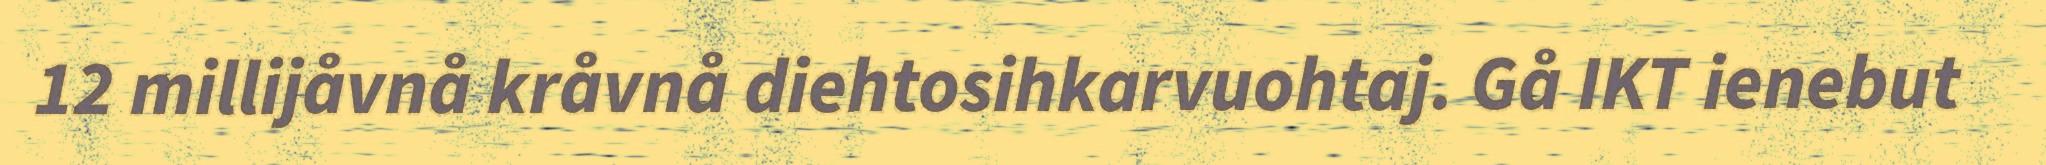
12 millijåvnå kråvnå diehtosihkarvuohtaj. Gå IKT ienebut